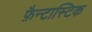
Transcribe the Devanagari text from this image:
फ़ैन्टास्टिक